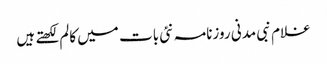
غلام نبی مدنی روزنامہ نئی بات میں کالم لکھتے ہیں